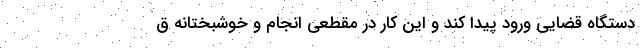
دستگاه قضایی ورود پیدا کند و این کار در مقطعی انجام و خوشبختانه ق